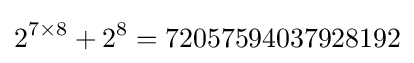
2^{7\times 8}+2^{8}=72057594037928192